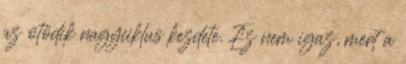
az ötödik nagyciklus kezdete. Ez nem igaz, mert a